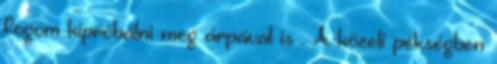
fogom kipróbálni meg árpával is . A közeli pékségben